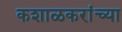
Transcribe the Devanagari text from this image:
कशाळकरांच्या